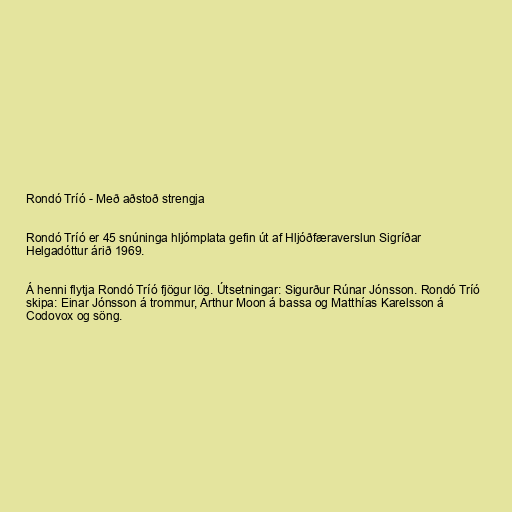
Rondó Tríó - Með aðstoð strengja

Rondó Tríó er 45 snúninga hljómplata gefin út af Hljóðfæraverslun Sigríðar
Helgadóttur árið 1969.

Á henni flytja Rondó Tríó fjögur lög. Útsetningar: Sigurður Rúnar Jónsson. Rondó Tríó
skipa: Einar Jónsson á trommur, Arthur Moon á bassa og Matthías Karelsson á
Codovox og söng.